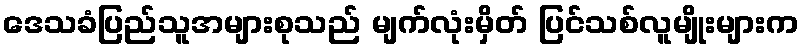
ဒေသခံပြည်သူအများစုသည် မျက်လုံးမှိတ် ပြင်သစ်လူမျိုးများက